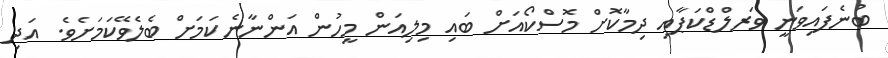
ބުނެފައިވަނީ ވަރލްޑްކަޕާއި ދިމާކޮށް މޮސްކޯއަށް ބައި މިލިއަން މީހުން އަންނާނެކަމަށް ބެލެވޭކަމަށެވެ. އަދި